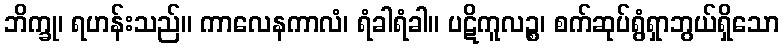
ဘိက္ခု၊ ရဟန်းသည်။ ကာလေနကာလံ၊ ရံခါရံခါ။ ပဋိကူလဉ္စ၊ စက်ဆုပ်ရွံရှာဘွယ်ရှိသော